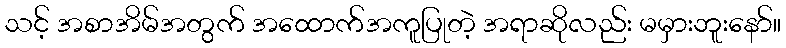
သင့် အစာအိမ်အတွက် အထောက်အကူပြုတဲ့ အရာဆိုလည်း မမှားဘူးနော်။